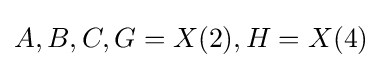
A,B,C,G=X(2),H=X(4)